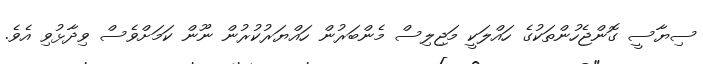
ސިޔާސީ ގޮންޖެހުންތަކުގެ ހައްލަކީ މަޖިލިސް މެންބަރުން ހައްޔަރުކުރުން ނޫން ކަމަށްވެސް ވިދާޅުވި އެވެ.